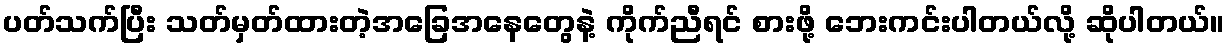
ပတ်သက်ပြီး သတ်မှတ်ထားတဲ့အခြေအနေတွေနဲ့ ကိုက်ညီရင် စားဖို့ ဘေးကင်းပါတယ်လို့ ဆိုပါတယ်။